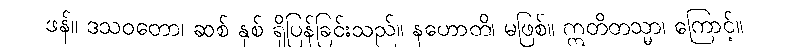
ဖန်။ ဒသဝတော၊ ဆစ် နှစ် ရှိပြန်ခြင်းသည်။ နဟောတိ၊ မဖြစ်။ ဣတိတသ္မာ၊ ကြောင့်။